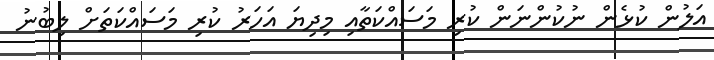
އަލުން ކުޅެން ނުކުންނަން ކުރި މަސައްކަތާއި މިދިޔަ އަހަރު ކުރި މަސައްކަތަށް ލިބުނު